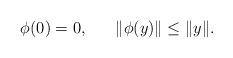
LaTeX: \begin{align*}~~~~~\phi(0)=0, ~~~~~ \|\phi(y)\|\le \|y\|.~~~~~~~~~~~~~~~~~~~~~~~~~~~~\end{align*}